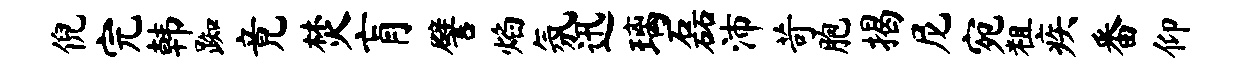
倪完韩踟竟焚肓譬焰氛迅璃磊沛苛胞揭尼宛粗疾番仰